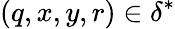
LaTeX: (q,x,y,r)\in\delta^{*}